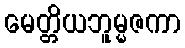
မေတ္တိယဘူမ္မဇကာ